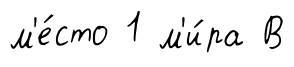
м'е́сто 1 м'и́ра В